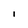
Character: l